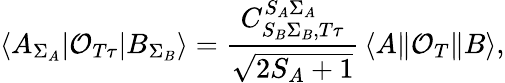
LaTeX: \langle A_{\Sigma_{A}}|\mathcal{O}_{T\tau}|B_{\Sigma_{B}}\rangle=\frac{C_{S_{B}\Sigma_{B},T\tau}^{S_{A}\Sigma_{A}}}{\sqrt{2S_{A}+1}}\, \langle A\| \mathcal{O}_{T}\| B\rangle,